Mental hospitals Bombay report 1929-33 - 1929-1933
Year: 1929
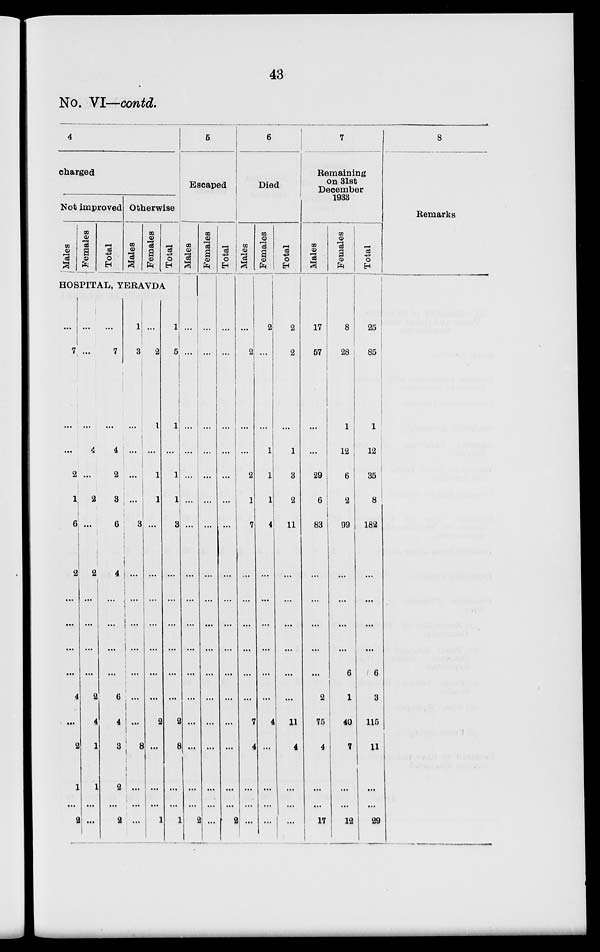
43
No. VI—contd.
4
charged
Not improved
Males
Females
Total
Otherwise
Males
Females
Total
HOSPITAL, YERAVDA
...
7
...
...
2
1
6
2
...
...
...
...
4
...
2
1
...
2
...
...
...
4
...
2
...
2
...
...
...
2
4
1
1
...
...
...
7
...
4
2
3
6
4
...
...
...
...
6
4
3
2
...
2
1
3
...
...
...
...
3
...
...
...
...
...
...
...
8
...
...
...
...
2
1
...
1
1
...
...
...
...
...
...
...
2
...
...
...
1
1
5
1
...
1
1
3
...
...
...
...
...
...
2
8
...
...
1
5
Escaped
Males
...
...
...
...
...
...
...
...
...
...
...
...
...
...
...
...
...
2
Females
...
...
...
...
...
...
...
...
...
...
...
...
...
...
...
...
...
Total
...
...
...
...
...
...
...
...
...
...
...
...
...
...
...
...
...
2
6
Died
Males
...
2
...
...
2
1
7
...
...
...
...
...
...
7
4
...
...
...
Females
2
...
...
1
1
1
4
...
...
...
...
...
...
4
...
...
...
...
Total
2
2
...
1
3
2
11
...
...
...
...
...
...
11
4
...
...
...
7
Remaining
on 31st
December
1933
Males
17
57
...
...
29
...
83
...
...
...
...
...
2
75
4
...
...
17
Females
8
28
1
12
6
2
99
...
...
...
...
6
1
40
7
...
...
12
Total
25
85
1
12
35
8
182
...
...
...
...
6
3
115
11
...
...
29
8
Remarks